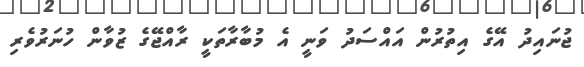
ޖުނައިދު އޭގެ އިތުރުން އައްސަދު ވަނީ އެ މުބާރާތަކީ ރާއްޖޭގެ ޒުވާން ހުނަރުވެރި